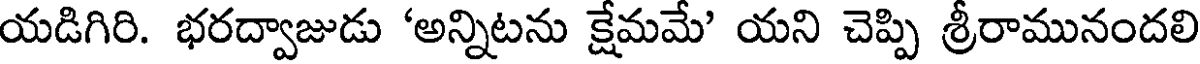
యడిగిరి. భరద్వాజుడు 'అన్నిటను క్షేమమే' యని చెప్పి శ్రీరామునందలి